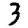
Digit: 3